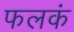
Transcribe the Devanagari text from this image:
फलकं